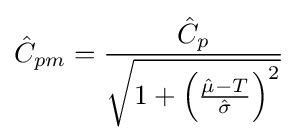
{\hat {C}}_{pm}={\frac {{\hat {C}}_{p}}{\sqrt {1+\left({\frac {{\hat {\mu }}-T}{\hat {\sigma }}}\right)^{2}}}}